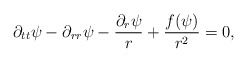
\begin{align*}\partial_{tt}\psi-\partial_{rr}\psi-\frac{\partial_r\psi}{r}+\frac{f(\psi)}{r^2}=0,\end{align*}